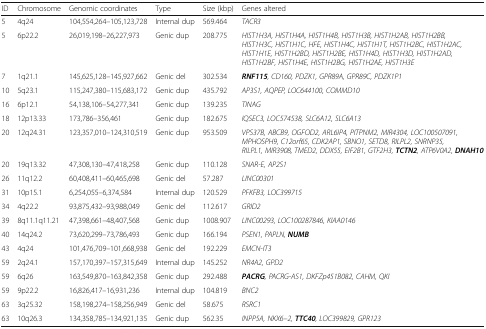
<table><thead><tr><td><b>ID</b></td><td><b>Chromosome</b></td><td><b>Genomic coordinates</b></td><td><b>Type</b></td><td><b>Size (kbp)</b></td><td><b>Genes altered</b></td></tr></thead><tbody><tr><td>5</td><td>4q24</td><td>104,554,264–105,123,728</td><td>Internal dup</td><td>569.464</td><td><i>TACR3</i></td></tr><tr><td>5</td><td>6p22.2</td><td>26,019,198–26,227,973</td><td>Genic dup</td><td>208.775</td><td><i>HIST1H3A, HIST1H4A, HIST1H4B, HIST1H3B, HIST1H2AB, HIST1H2BB, HIST1H3C, HIST1H1C, HFE, HIST1H4C, HIST1H1T, HIST1H2BC, HIST1H2AC, HIST1H1E, HIST1H2BD, HIST1H2BE, HIST1H4D, HIST1H3D, HIST1H2AD, HIST1H2BF, HIST1H4E, HIST1H2BG, HIST1H2AE, HIST1H3E</i></td></tr><tr><td>7</td><td>1q21.1</td><td>145,625,128–145,927,662</td><td>Genic del</td><td>302.534</td><td><b><i>RNF115</i></b><i>, CD160, PDZK1, GPR89A, GPR89C, PDZK1P1</i></td></tr><tr><td>10</td><td>5q23.1</td><td>115,247,380–115,683,172</td><td>Genic dup</td><td>435.792</td><td><i>AP3S1, AQPEP, LOC644100, COMMD10</i></td></tr><tr><td>16</td><td>6p12.1</td><td>54,138,106–54,277,341</td><td>Genic dup</td><td>139.235</td><td><i>TINAG</i></td></tr><tr><td>18</td><td>12p13.33</td><td>173,786–356,461</td><td>Genic dup</td><td>182.675</td><td><i>IQSEC3, LOC574538, SLC6A12, SLC6A13</i></td></tr><tr><td>20</td><td>12q24.31</td><td>123,357,010–124,310,519</td><td>Genic dup</td><td>953.509</td><td><i>VPS37B, ABCB9, OGFOD2, ARL6IP4, PITPNM2, MIR4304, LOC100507091, MPHOSPH9, C12orf65, CDK2AP1, SBNO1, SETD8, RILPL2, SNRNP35, RILPL1, MIR3908, TMED2, DDX55, EIF2B1, GTF2H3,</i><b><i>TCTN2</i></b><i>, ATP6V0A2,</i><b><i>DNAH10</i></b></td></tr><tr><td>20</td><td>19q13.32</td><td>47,308,130–47,418,258</td><td>Genic dup</td><td>110.128</td><td><i>SNAR-E, AP2S1</i></td></tr><tr><td>26</td><td>11q12.2</td><td>60,408,411–60,465,698</td><td>Genic del</td><td>57.287</td><td><i>LINC00301</i></td></tr><tr><td>31</td><td>10p15.1</td><td>6,254,055–6,374,584</td><td>Internal dup</td><td>120.529</td><td><i>PFKFB3, LOC399715</i></td></tr><tr><td>34</td><td>4q22.2</td><td>93,875,432–93,988,049</td><td>Genic del</td><td>112.617</td><td><i>GRID2</i></td></tr><tr><td>39</td><td>8q11.1q11.21</td><td>47,398,661–48,407,568</td><td>Genic dup</td><td>1008.907</td><td><i>LINC00293, LOC100287846, KIAA0146</i></td></tr><tr><td>40</td><td>14q24.2</td><td>73,620,299–73,786,493</td><td>Genic dup</td><td>166.194</td><td><i>PSEN1, PAPLN,</i><b><i>NUMB</i></b></td></tr><tr><td>43</td><td>4q24</td><td>101,476,709–101,668,938</td><td>Genic del</td><td>192.229</td><td><i>EMCN-IT3</i></td></tr><tr><td>59</td><td>2q24.1</td><td>157,170,397–157,315,649</td><td>Internal dup</td><td>145.252</td><td><i>NR4A2, GPD2</i></td></tr><tr><td>59</td><td>6q26</td><td>163,549,870–163,842,358</td><td>Genic dup</td><td>292.488</td><td><b><i>PACRG</i></b><i>, PACRG-AS1, DKFZp451B082, CAHM, QKI</i></td></tr><tr><td>59</td><td>9p22.2</td><td>16,826,417–16,931,236</td><td>Internal dup</td><td>104.819</td><td><i>BNC2</i></td></tr><tr><td>63</td><td>3q25.32</td><td>158,198,274–158,256,949</td><td>Genic del</td><td>58.675</td><td><i>RSRC1</i></td></tr><tr><td>63</td><td>10q26.3</td><td>134,358,785–134,921,135</td><td>Genic dup</td><td>562.35</td><td><i>INPP5A, NKX6–2,</i><b><i>TTC40</i></b><i>, LOC399829, GPR123</i></td></tr></tbody></table>